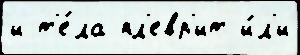
и т'е́ла пл'евр'ит и́л'и